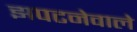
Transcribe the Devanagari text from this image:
झपटनेवाले